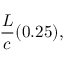
{ \frac { L } { c } } ( 0 . 2 5 ) ,